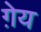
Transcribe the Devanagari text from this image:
ग़ेय